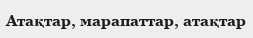
Атақтар, марапаттар, атақтар